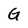
Character: G